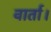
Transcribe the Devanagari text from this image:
वार्ता।